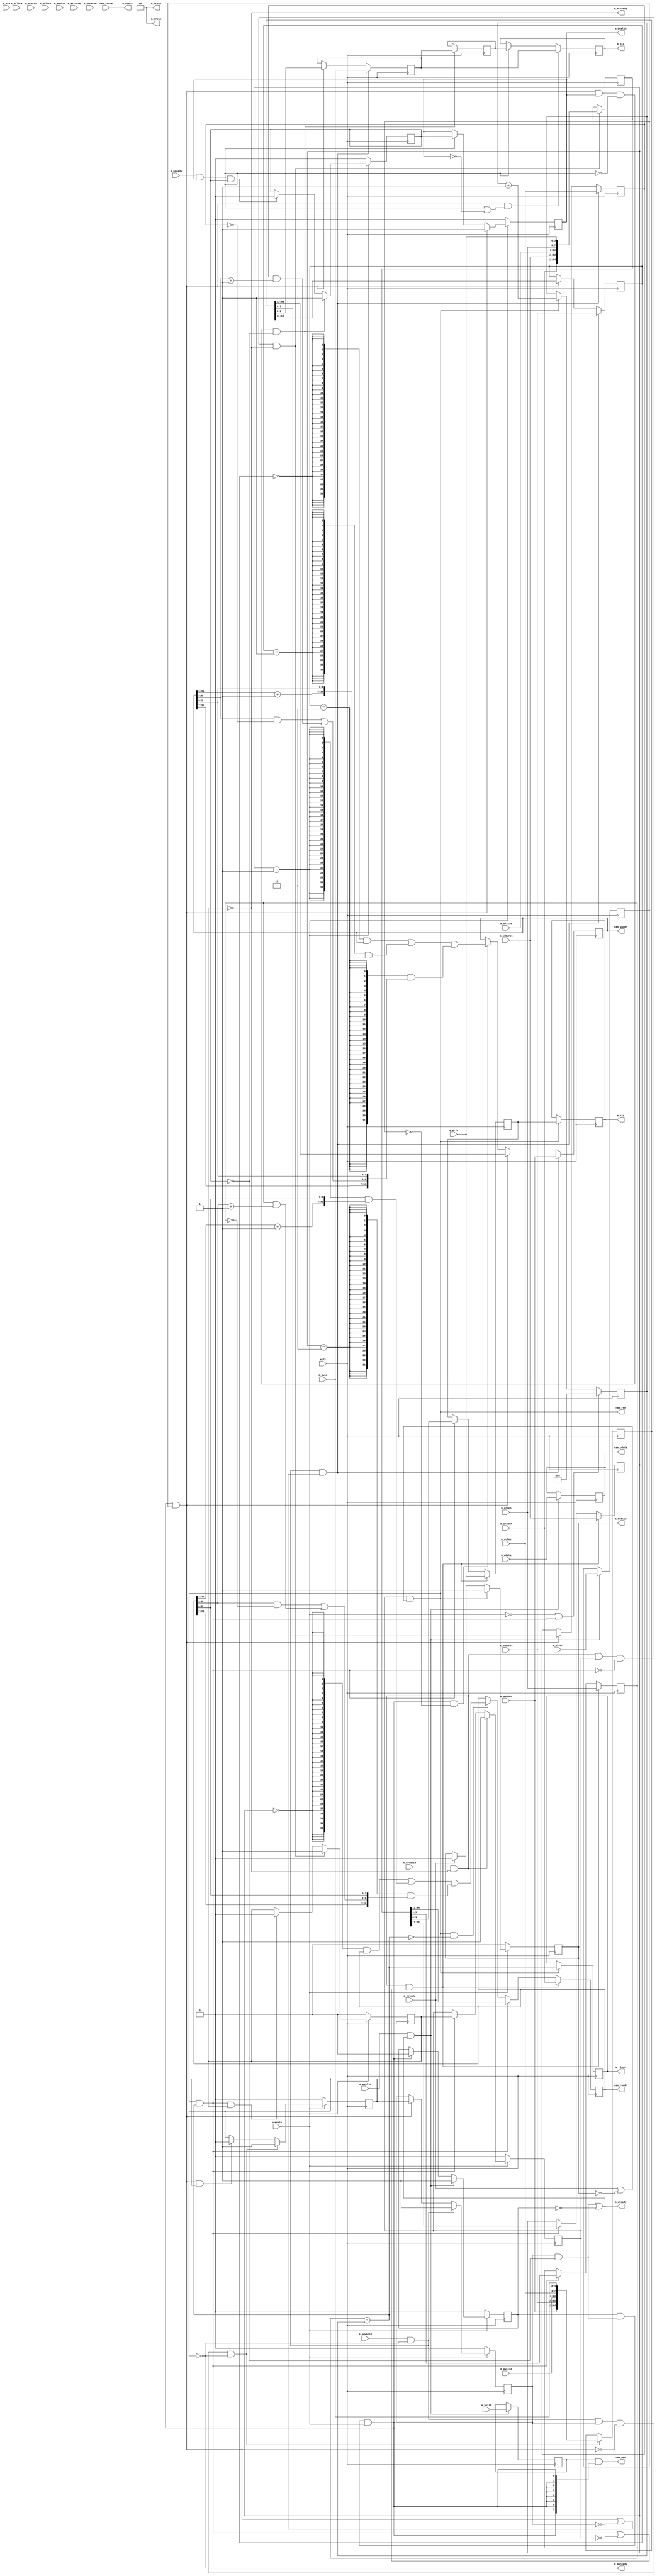
//+FHDR-----------------------------------------------------------------
// (C) Copyright Loongson Technology Corporation Limited. All rights reserved
// Loongson Confidential Proprietary
//-FHDR-----------------------------------------------------------------
module soc_axi_sram_bridge#(
    parameter   BUS_WIDTH  = 32,
    parameter   DATA_WIDTH = 64, 
    parameter   CPU_WIDTH  = 32
)
(
    input  wire                     aclk     ,
    input  wire                     aresetn  ,
    output wire [BUS_WIDTH-1    :0] ram_raddr,
    input  wire [DATA_WIDTH-1   :0] ram_rdata,
    output wire                     ram_ren  ,
    output wire [BUS_WIDTH-1    :0] ram_waddr,
    output wire [DATA_WIDTH-1   :0] ram_wdata,
    output wire [DATA_WIDTH/8-1 :0] ram_wen  ,
    input  wire [BUS_WIDTH-1    :0] m_araddr ,
    input  wire [1              :0] m_arburst,
    input  wire [3              :0] m_arcache,
    input  wire [3              :0] m_arid   ,
    input  wire [3              :0] m_arlen  ,
    input  wire [1              :0] m_arlock ,
    input  wire [2              :0] m_arprot ,
    output wire                     m_arready,
    input  wire [2              :0] m_arsize ,
    input  wire                     m_arvalid,
    input  wire [BUS_WIDTH-1    :0] m_awaddr ,
    input  wire [1              :0] m_awburst,
    input  wire [3              :0] m_awcache,
    input  wire [3              :0] m_awid   ,
    input  wire [3              :0] m_awlen  ,
    input  wire [1              :0] m_awlock ,
    input  wire [2              :0] m_awprot ,
    output wire                     m_awready,
    input  wire [2              :0] m_awsize ,
    input  wire                     m_awvalid,
    output wire [3              :0] m_bid    ,
    input  wire                     m_bready ,
    output wire [1              :0] m_bresp  ,
    output wire                     m_bvalid ,
    output wire [DATA_WIDTH-1   :0] m_rdata  ,
    output wire [3              :0] m_rid    ,
    output wire                     m_rlast  ,
    input  wire                     m_rready ,
    output wire [1              :0] m_rresp  ,
    output wire                     m_rvalid ,
    input  wire [DATA_WIDTH-1   :0] m_wdata  ,
    input  wire [3              :0] m_wid    ,
    input  wire                     m_wlast  ,
    output wire                     m_wready ,
    input  wire [DATA_WIDTH/8-1 :0] m_wstrb  ,
    input  wire                     m_wvalid 
);
localparam ADDR_INCR_BASE=($clog2(DATA_WIDTH) - 3);

wire [BUS_WIDTH+13-1    :0] ram_r_a_data               ;
reg  [BUS_WIDTH-1       :0] ram_r_a_data_araddr        ;
wire [BUS_WIDTH-1       :0] ram_r_a_data_araddr_fixed  ;
wire [BUS_WIDTH-1       :0] ram_r_a_data_araddr_incr   ;
wire [BUS_WIDTH-1       :0] ram_r_a_data_araddr_next   ;
wire                        ram_r_a_data_araddr_update ;
wire [BUS_WIDTH-1       :0] ram_r_a_data_araddr_wrap   ;
reg  [1                 :0] ram_r_a_data_arburst       ;
wire                        ram_r_a_data_arburst_fixed ;
wire                        ram_r_a_data_arburst_incr  ;
wire                        ram_r_a_data_arburst_wrap  ;
reg  [3                 :0] ram_r_a_data_arid          ;
reg  [3                 :0] ram_r_a_data_arlen         ;
wire                        ram_r_a_data_arlen_last    ;
reg  [2                 :0] ram_r_a_data_arsize        ;
wire                        ram_r_a_data_push          ;
wire                        ram_r_a_full               ;
wire                        ram_r_a_pop                ;
wire                        ram_r_a_push               ;
wire [BUS_WIDTH+13-1    :0] ram_r_a_push_data          ;
reg  [BUS_WIDTH+13-1    :0] ram_r_a_queue_datas        ;
wire [BUS_WIDTH-1       :0] ram_r_a_queue_datas_araddr ;
wire [1                 :0] ram_r_a_queue_datas_arburst;
wire [3                 :0] ram_r_a_queue_datas_arid   ;
wire [3                 :0] ram_r_a_queue_datas_arlen  ;
wire [2                 :0] ram_r_a_queue_datas_arsize ;
wire                        ram_r_a_queue_empty        ;
wire                        ram_r_a_queue_full         ;
wire                        ram_r_a_queue_pop          ;
wire                        ram_r_a_queue_push         ;
reg                         ram_r_a_queue_valid        ;
reg                         ram_r_a_valid              ;
wire [BUS_WIDTH-1       :0] ram_r_addr                 ;
wire                        ram_r_allow_out            ;
wire [DATA_WIDTH-1      :0] ram_r_data                 ;
wire                        ram_r_en                   ;
reg  [3                 :0] ram_r_rcur                 ;
wire                        ram_r_rcur_reset           ;
reg  [3                 :0] ram_r_rid                  ;
reg                         ram_r_rlast                ;
reg                         ram_r_rvalid               ;
wire [BUS_WIDTH+13-1    :0] ram_w_a_data               ;
reg  [BUS_WIDTH-1       :0] ram_w_a_data_awaddr        ;
wire [BUS_WIDTH-1       :0] ram_w_a_data_awaddr_fixed  ;
wire [BUS_WIDTH-1       :0] ram_w_a_data_awaddr_incr   ;
wire [BUS_WIDTH-1       :0] ram_w_a_data_awaddr_next   ;
wire                        ram_w_a_data_awaddr_update ;
wire [BUS_WIDTH-1       :0] ram_w_a_data_awaddr_wrap   ;
reg  [1                 :0] ram_w_a_data_awburst       ;
wire                        ram_w_a_data_awburst_fixed ;
wire                        ram_w_a_data_awburst_incr  ;
wire                        ram_w_a_data_awburst_wrap  ;
reg  [3                 :0] ram_w_a_data_awid          ;
reg  [3                 :0] ram_w_a_data_awlen         ;
reg  [2                 :0] ram_w_a_data_awsize        ;
wire                        ram_w_a_data_push          ;
wire                        ram_w_a_full               ;
wire                        ram_w_a_pop                ;
wire                        ram_w_a_push               ;
wire [BUS_WIDTH+13-1    :0] ram_w_a_push_data          ;
reg  [BUS_WIDTH+13-1    :0] ram_w_a_queue_datas        ;
wire [BUS_WIDTH-1       :0] ram_w_a_queue_datas_awaddr ;
wire [1                 :0] ram_w_a_queue_datas_awburst;
wire [3                 :0] ram_w_a_queue_datas_awid   ;
wire [3                 :0] ram_w_a_queue_datas_awlen  ;
wire [2                 :0] ram_w_a_queue_datas_awsize ;
wire                        ram_w_a_queue_empty        ;
wire                        ram_w_a_queue_full         ;
wire                        ram_w_a_queue_pop          ;
wire                        ram_w_a_queue_push         ;
reg                         ram_w_a_queue_valid        ;
reg                         ram_w_a_valid              ;
wire [BUS_WIDTH-1       :0] ram_w_addr                 ;
wire                        ram_w_allow_out            ;
reg  [3                 :0] ram_w_b_data               ;
wire                        ram_w_b_data_push          ;
wire                        ram_w_b_full               ;
wire                        ram_w_b_pop                ;
wire                        ram_w_b_push               ;
reg  [3                 :0] ram_w_b_queue_datas        ;
wire                        ram_w_b_queue_empty        ;
wire                        ram_w_b_queue_full         ;
wire                        ram_w_b_queue_pop          ;
wire                        ram_w_b_queue_push         ;
reg                         ram_w_b_queue_valid        ;
reg                         ram_w_b_valid              ;
wire                        ram_w_en                   ;
wire                        ram_w_go                   ;
wire [DATA_WIDTH/8-1    :0] ram_w_strb                 ;
reg  [DATA_WIDTH-1      :0] ram_w_wdata                ;
reg                         ram_w_wlast                ;
reg  [DATA_WIDTH/8-1    :0] ram_w_wstrb                ;
reg                         ram_w_wvalid               ;
assign m_arready                          = !ram_r_a_full;
assign m_awready                          = !ram_w_a_full;
assign m_bid                              =  ram_w_b_data;
assign m_bresp                            = 2'h0;
assign m_bvalid                           = ram_w_b_valid;
assign m_rdata                            = ram_rdata    ;
assign m_rid                              = ram_r_rid    ;
assign m_rlast                            = ram_r_rlast  ;
assign m_rresp                            = 2'h0;
assign m_rvalid                           = ram_r_rvalid;
assign m_wready                           = ram_w_allow_out || !ram_w_wvalid;
assign ram_r_a_data                       = {ram_r_a_data_arburst,ram_r_a_data_arsize,ram_r_a_data_arlen,ram_r_a_data_araddr,ram_r_a_data_arid};
assign ram_r_a_data_araddr_fixed          = ram_r_a_data_araddr;
assign ram_r_a_data_araddr_incr [ADDR_INCR_BASE-1:0]          = ram_r_a_data_araddr[ADDR_INCR_BASE-1:0];
assign ram_r_a_data_araddr_incr [BUS_WIDTH-1 :ADDR_INCR_BASE ] = ram_r_a_data_araddr[BUS_WIDTH-1:ADDR_INCR_BASE] + {{BUS_WIDTH-ADDR_INCR_BASE-1{1'b0}},1'b1};
assign ram_r_a_data_araddr_next           = {BUS_WIDTH{ram_r_a_data_arburst_fixed}} & ram_r_a_data_araddr_fixed
                                          | {BUS_WIDTH{ram_r_a_data_arburst_incr }} & ram_r_a_data_araddr_incr 
                                          | {BUS_WIDTH{ram_r_a_data_arburst_wrap }} & ram_r_a_data_araddr_wrap ;
assign ram_r_a_data_araddr_update        = ram_r_en && !ram_r_a_data_arlen_last;
assign ram_r_a_data_araddr_wrap   [ADDR_INCR_BASE-1 :0] = ram_r_a_data_araddr[ADDR_INCR_BASE-1 :0];
assign ram_r_a_data_araddr_wrap   [BUS_WIDTH-1:ADDR_INCR_BASE+4] = ram_r_a_data_araddr[BUS_WIDTH-1:ADDR_INCR_BASE+4];
assign ram_r_a_data_araddr_wrap   [ADDR_INCR_BASE+3 :ADDR_INCR_BASE] = ram_r_a_data_araddr[ADDR_INCR_BASE+3:ADDR_INCR_BASE] & ~ram_r_a_data_arlen | ram_r_a_data_arlen & ram_r_a_data_araddr[ADDR_INCR_BASE+3:ADDR_INCR_BASE] + 4'h1;
assign ram_r_a_data_arburst_fixed        = ram_r_a_data_arburst == 2'h0;
assign ram_r_a_data_arburst_incr         = ram_r_a_data_arburst == 2'h1;
assign ram_r_a_data_arburst_wrap         = ram_r_a_data_arburst == 2'h2;
assign ram_r_a_data_arlen_last           = ram_r_a_data_arlen == ram_r_rcur;
assign ram_r_a_data_push                 = ram_r_a_push && (ram_r_a_pop || !ram_r_a_valid);
assign ram_r_a_full                      = ram_r_a_queue_full;
assign ram_r_a_pop                       = ram_r_en  &&  ram_r_a_data_arlen_last;
assign ram_r_a_push                      = m_arvalid && !ram_r_a_full           ;
//assign ram_r_a_push_data                 = {m_arburst,m_arsize  ,m_arlen,m_araddr,m_arid};
assign ram_r_a_push_data                 = {m_araddr,m_arburst,m_arsize,m_arlen,m_arid};
assign ram_r_a_queue_datas_araddr        = ram_r_a_queue_datas[BUS_WIDTH-1+13:13];
assign ram_r_a_queue_datas_arburst       = ram_r_a_queue_datas[12            :11];
assign ram_r_a_queue_datas_arid          = ram_r_a_queue_datas[3             : 0];
assign ram_r_a_queue_datas_arlen         = ram_r_a_queue_datas[7             : 4];
assign ram_r_a_queue_datas_arsize        = ram_r_a_queue_datas[10            : 8];
assign ram_r_a_queue_empty               = !ram_r_a_queue_valid;
assign ram_r_a_queue_full                =  ram_r_a_queue_valid;
assign ram_r_a_queue_pop                 = ram_r_a_pop && !ram_r_a_queue_empty;
assign ram_r_a_queue_push                = ram_r_a_push && ram_r_a_valid &&   !ram_r_a_pop && !ram_r_a_queue_full;
assign ram_r_addr                        = ram_r_a_data_araddr;
assign ram_r_allow_out                   = m_rready || !m_rvalid;
assign ram_r_data                        = ram_rdata;
assign ram_r_en                          = ram_r_a_valid && ram_r_allow_out;
assign ram_r_rcur_reset                  = !aresetn || ram_r_a_pop;
assign ram_w_a_data                      = {ram_w_a_data_awaddr,ram_w_a_data_awburst,ram_w_a_data_awsize  ,ram_w_a_data_awlen,ram_w_a_data_awid};
assign ram_w_a_data_awaddr_fixed         = ram_w_a_data_awaddr;
assign ram_w_a_data_awaddr_incr   [ADDR_INCR_BASE-1 :0] = ram_w_a_data_awaddr[ADDR_INCR_BASE-1:0];
assign ram_w_a_data_awaddr_incr   [BUS_WIDTH-1:ADDR_INCR_BASE] = ram_w_a_data_awaddr[BUS_WIDTH-1:ADDR_INCR_BASE] + {{BUS_WIDTH-ADDR_INCR_BASE-1{1'b0}},1'b1};
assign ram_w_a_data_awaddr_next          = {BUS_WIDTH{ram_w_a_data_awburst_fixed}} & ram_w_a_data_awaddr_fixed
                                         | {BUS_WIDTH{ram_w_a_data_awburst_incr }} & ram_w_a_data_awaddr_incr 
                                         | {BUS_WIDTH{ram_w_a_data_awburst_wrap }} & ram_w_a_data_awaddr_wrap ;
assign ram_w_a_data_awaddr_update        = ram_w_en && !ram_w_wlast;
assign ram_w_a_data_awaddr_wrap   [ADDR_INCR_BASE-1 :0] = ram_w_a_data_awaddr[ADDR_INCR_BASE-1 :0];
assign ram_w_a_data_awaddr_wrap   [BUS_WIDTH-1:ADDR_INCR_BASE+4] = ram_w_a_data_awaddr[BUS_WIDTH-1:ADDR_INCR_BASE+4];
assign ram_w_a_data_awaddr_wrap   [ADDR_INCR_BASE+3:ADDR_INCR_BASE] = ram_w_a_data_awaddr[ADDR_INCR_BASE+3:ADDR_INCR_BASE] & ~ram_w_a_data_awlen | ram_w_a_data_awlen & ram_w_a_data_awaddr[ADDR_INCR_BASE+3:ADDR_INCR_BASE] + 4'h1;
assign ram_w_a_data_awburst_fixed        = ram_w_a_data_awburst == 2'h0;
assign ram_w_a_data_awburst_incr         = ram_w_a_data_awburst == 2'h1;
assign ram_w_a_data_awburst_wrap         = ram_w_a_data_awburst == 2'h2;
assign ram_w_a_data_push                 = ram_w_a_push && (ram_w_a_pop || !ram_w_a_valid);
assign ram_w_a_full                      = ram_w_a_queue_full;
assign ram_w_a_pop                       = ram_w_en  &&  ram_w_wlast ;
assign ram_w_a_push                      = m_awvalid && !ram_w_a_full;
assign ram_w_a_push_data                 = {m_awaddr,m_awburst,m_awsize  ,m_awlen,m_awid};
assign ram_w_a_queue_datas_awaddr        = ram_w_a_queue_datas[BUS_WIDTH-1+13:13];
assign ram_w_a_queue_datas_awburst       = ram_w_a_queue_datas[12            :11];
assign ram_w_a_queue_datas_awid          = ram_w_a_queue_datas[3             : 0];
assign ram_w_a_queue_datas_awlen         = ram_w_a_queue_datas[7             : 4];
assign ram_w_a_queue_datas_awsize        = ram_w_a_queue_datas[10            : 8];
assign ram_w_a_queue_empty               = !ram_w_a_queue_valid;
assign ram_w_a_queue_full                =  ram_w_a_queue_valid;
assign ram_w_a_queue_pop                 = ram_w_a_pop && !ram_w_a_queue_empty;
assign ram_w_a_queue_push                = ram_w_a_push && ram_w_a_valid &&   !ram_w_a_pop && !ram_w_a_queue_full;
assign ram_w_addr                        = ram_w_a_data_awaddr;
assign ram_w_allow_out                   = ram_w_a_valid && !ram_w_b_full;
assign ram_w_b_data_push                 = ram_w_b_push && (ram_w_b_pop || !ram_w_b_valid);
assign ram_w_b_full                      = ram_w_b_queue_full;
assign ram_w_b_pop                       = m_bready && ram_w_b_valid;
assign ram_w_b_push                      =  ram_w_a_pop        ;
assign ram_w_b_queue_empty               = !ram_w_b_queue_valid;
assign ram_w_b_queue_full                =  ram_w_b_queue_valid;
assign ram_w_b_queue_pop                 = ram_w_b_pop && !ram_w_b_queue_empty;
assign ram_w_b_queue_push                = ram_w_b_push && ram_w_b_valid &&   !ram_w_b_pop && !ram_w_b_queue_full;
assign ram_w_en                          = ram_w_wvalid && ram_w_allow_out && aresetn;
assign ram_w_go                          = m_wvalid && m_wready;
assign ram_w_strb                        = ram_w_wstrb;
assign ram_raddr                         = ram_r_addr ;
assign ram_ren                           = ram_r_en   ;
assign ram_waddr                         = ram_w_addr ;
assign ram_wdata                         = ram_w_wdata;
assign ram_wen                           = ram_w_strb & {DATA_WIDTH/8{ram_w_en}};
always@(posedge aclk)
begin
    if(ram_r_rcur_reset)
    begin
        ram_r_rcur<=4'h0;
    end
    else
    if(ram_r_en)
    begin
        ram_r_rcur<=ram_r_rcur + 4'h1;
    end
end
always@(posedge aclk)
begin
    if(ram_r_en)
    begin
        ram_r_rid<=ram_r_a_data_arid;
    end
end
always@(posedge aclk)
begin
    if(ram_r_en)
    begin
        ram_r_rlast<=ram_r_a_data_arlen_last;
    end
end
always@(posedge aclk)
begin
    if(!aresetn)
    begin
        ram_r_rvalid<=1'h0;
    end
    else
    if(ram_r_en)
    begin
        ram_r_rvalid<=1'h1;
    end
    else
    if(m_rready)
    begin
        ram_r_rvalid<=1'h0;
    end
end
always@(posedge aclk)
begin
    if(!aresetn)
    begin
        ram_r_a_valid<=1'h0;
    end
    else
    if(ram_r_a_push)
    begin
        ram_r_a_valid<=1'h1;
    end
    else
    if(ram_r_a_pop)
    begin
        ram_r_a_valid<=ram_r_a_queue_valid;
    end
end
always@(posedge aclk)
begin
    if(!aresetn)
    begin
        ram_r_a_queue_valid<=1'h0;
    end
    else
    if(ram_r_a_queue_push)
    begin
        ram_r_a_queue_valid<=1'h1;
    end
    else
    if(ram_r_a_queue_pop)
    begin
        ram_r_a_queue_valid<=1'h0;
    end
end
always@(posedge aclk)
begin
    if(ram_r_a_queue_push)
    begin
        ram_r_a_queue_datas<=ram_r_a_push_data;
    end
end
always@(posedge aclk)
begin
    if(ram_r_a_data_push)
    begin
        ram_r_a_data_arburst<=m_arburst;
        ram_r_a_data_arid   <=m_arid   ;
        ram_r_a_data_arlen  <=m_arlen  ;
        ram_r_a_data_arsize <=m_arsize ;
    end
    else
    if(ram_r_a_pop)
    begin
        ram_r_a_data_arburst<=ram_r_a_queue_datas_arburst;
        ram_r_a_data_arid   <=ram_r_a_queue_datas_arid   ;
        ram_r_a_data_arlen  <=ram_r_a_queue_datas_arlen  ;
        ram_r_a_data_arsize <=ram_r_a_queue_datas_arsize ;
    end
end
always@(posedge aclk)
begin
    if(ram_r_a_data_push)
    begin
        ram_r_a_data_araddr<=m_araddr;
    end
    else
    if(ram_r_a_pop)
    begin
        ram_r_a_data_araddr<=ram_r_a_queue_datas_araddr;
    end
    else
    begin
        if(ram_r_a_data_araddr_update)
        begin
            ram_r_a_data_araddr<=ram_r_a_data_araddr_next;
        end
    end
end
always@(posedge aclk)
begin
    if(ram_w_go)
    begin
        ram_w_wdata<=m_wdata;
        ram_w_wlast<=m_wlast;
        ram_w_wstrb<=m_wstrb;
    end
end
always@(posedge aclk)
begin
    if(!aresetn)
    begin
        ram_w_wvalid<=1'h0;
    end
    else
    if(ram_w_go)
    begin
        ram_w_wvalid<=1'h1;
    end
    else
    if(ram_w_en)
    begin
        ram_w_wvalid<=1'h0;
    end
end
always@(posedge aclk)
begin
    if(!aresetn)
    begin
        ram_w_a_valid<=1'h0;
    end
    else
    if(ram_w_a_push)
    begin
        ram_w_a_valid<=1'h1;
    end
    else
    if(ram_w_a_pop)
    begin
        ram_w_a_valid<=ram_w_a_queue_valid;
    end
end
always@(posedge aclk)
begin
    if(!aresetn)
    begin
        ram_w_a_queue_valid<=1'h0;
    end
    else
    if(ram_w_a_queue_push)
    begin
        ram_w_a_queue_valid<=1'h1;
    end
    else
    if(ram_w_a_queue_pop)
    begin
        ram_w_a_queue_valid<=1'h0;
    end
end
always@(posedge aclk)
begin
    if(ram_w_a_queue_push)
    begin
        ram_w_a_queue_datas<=ram_w_a_push_data;
    end
end
always@(posedge aclk)
begin
    if(ram_w_a_data_push)
    begin
        ram_w_a_data_awburst<=m_awburst;
        ram_w_a_data_awid   <=m_awid   ;
        ram_w_a_data_awlen  <=m_awlen  ;
        ram_w_a_data_awsize <=m_awsize ;
    end
    else
    if(ram_w_a_pop)
    begin
        ram_w_a_data_awburst<=ram_w_a_queue_datas_awburst;
        ram_w_a_data_awid   <=ram_w_a_queue_datas_awid   ;
        ram_w_a_data_awlen  <=ram_w_a_queue_datas_awlen  ;
        ram_w_a_data_awsize <=ram_w_a_queue_datas_awsize ;
    end
end
always@(posedge aclk)
begin
    if(ram_w_a_data_push)
    begin
        ram_w_a_data_awaddr<=m_awaddr;
    end
    else
    if(ram_w_a_pop)
    begin
        ram_w_a_data_awaddr<=ram_w_a_queue_datas_awaddr;
    end
    else
    begin
        if(ram_w_a_data_awaddr_update)
        begin
            ram_w_a_data_awaddr<=ram_w_a_data_awaddr_next;
        end
    end
end
always@(posedge aclk)
begin
    if(!aresetn)
    begin
        ram_w_b_valid<=1'h0;
    end
    else
    if(ram_w_b_push)
    begin
        ram_w_b_valid<=1'h1;
    end
    else
    if(ram_w_b_pop)
    begin
        ram_w_b_valid<=ram_w_b_queue_valid;
    end
end
always@(posedge aclk)
begin
    if(!aresetn)
    begin
        ram_w_b_queue_valid<=1'h0;
    end
    else
    if(ram_w_b_queue_push)
    begin
        ram_w_b_queue_valid<=1'h1;
    end
    else
    if(ram_w_b_queue_pop)
    begin
        ram_w_b_queue_valid<=1'h0;
    end
end
always@(posedge aclk)
begin
    if(ram_w_b_queue_push)
    begin
        ram_w_b_queue_datas<=ram_w_a_data_awid;
    end
end
always@(posedge aclk)
begin
    if(ram_w_b_data_push)
    begin
        ram_w_b_data<=ram_w_a_data_awid;
    end
    else
    if(ram_w_b_pop)
    begin
        ram_w_b_data<=ram_w_b_queue_datas;
    end
end
endmodule // soc_axi_sram_bridge